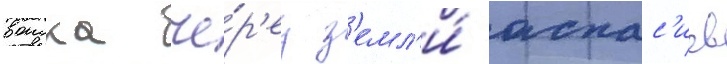
воиска че́р'ез з'емл'и́ аспас'иев